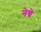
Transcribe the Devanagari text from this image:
नेग्रे